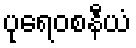
ပုရေဝစနီယံ